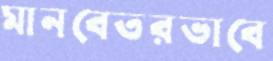
মানবেতরভাবে